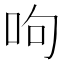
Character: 呴